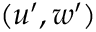
( u ^ { \prime } , w ^ { \prime } )